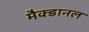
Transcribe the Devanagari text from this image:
मैक्डानल